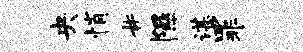
央悄#隰谌罪